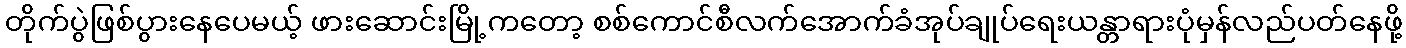
တိုက်ပွဲဖြစ်ပွားနေပေမယ့် ဖားဆောင်းမြို့ကတော့ စစ်ကောင်စီလက်အောက်ခံအုပ်ချုပ်ရေးယန္တာရားပုံမှန်လည်ပတ်နေဖို့